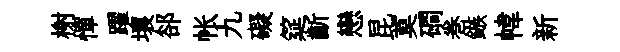
榭憚躍壤郤帐九礙筵齗戀昆莫磵巻鏃幃新